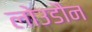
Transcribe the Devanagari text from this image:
लोउडौन